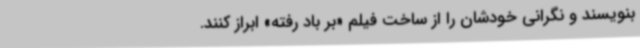
بنویسند و نگرانی‌ خودشان را از ساخت فیلم «بر باد رفته» ابراز کنند.